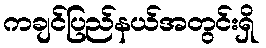
ကချင်ပြည်နယ်အတွင်းရှိ